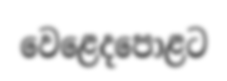
වෙළෙදපොළට